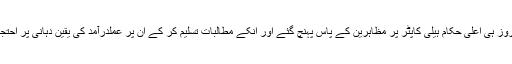
اس کے دوسرے روز ہی اعلیٰ حکام ہیلی کاپٹر پر مظاہرین کے پاس پہنچ گئے اور انکے مطالبات تسلیم کر کے ان پر عملدرآمد کی یقین دہانی پر احتجاج ختم کر دیا گیا۔